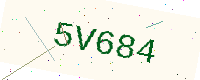
Text: 5V684